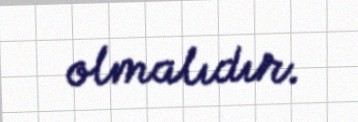
olmalıdır.